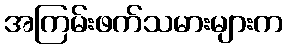
အကြမ်းဖက်သမားများက